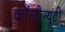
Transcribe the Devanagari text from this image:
कॉन्टीन्यूटी